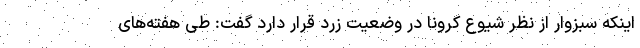
اینکه سبزوار از نظر شیوع کرونا در وضعیت زرد قرار دارد گفت: طی هفته‌های